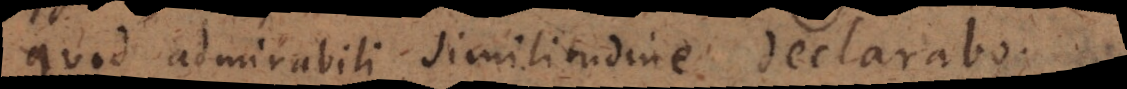
quod admirabili similitudine declarabo.